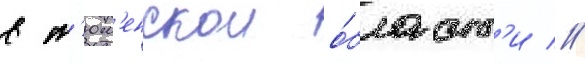
в т'юм'енскои о́бласт'и //